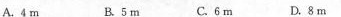
A.4m B.5m C.6m D.8m